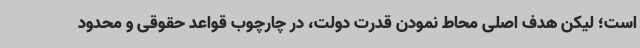
است؛ لیکن هدف اصلی محاط نمودن قدرت دولت، در چارچوب قواعد حقوقی و محدود